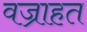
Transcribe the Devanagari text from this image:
वज्राहत